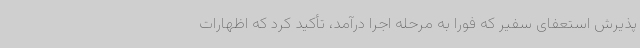
پذیرش استعفای سفیر که فورا به مرحله اجرا درآمد، تأکید کرد که اظهارات